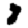
Digit: 8